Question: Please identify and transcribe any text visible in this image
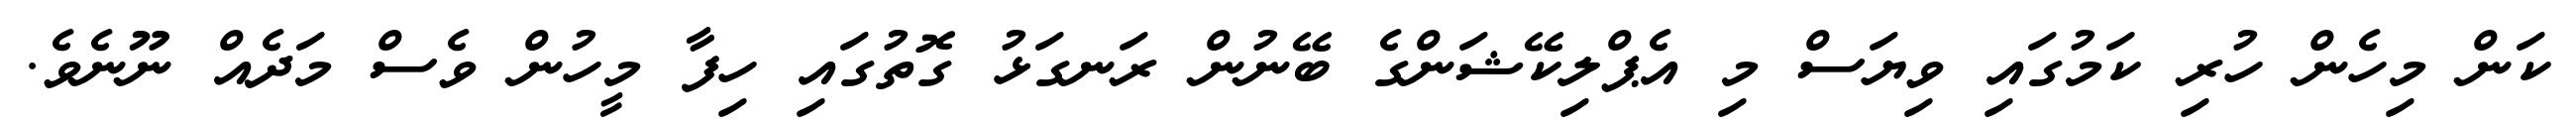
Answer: ކަން މިހެން ހުރި ކަމުގައި ވިޔަސް މި އެޕްލިކޭޝަންގެ ބޭނުން ރަނގަޅު ގޮތުގައި ހިފާ މީހުން ވެސް މަދެއް ނޫނެވެ.